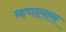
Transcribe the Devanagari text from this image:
म्हणालास